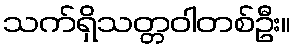
သက်ရှိသတ္တဝါတစ်ဦး။